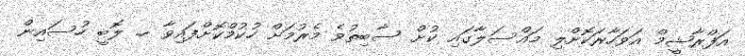
އަފްރާޝީމް އަވަހާރަކޮށްލި މައްސަލާގައި ކުށް ސާބިތުވެ މެރުމަށް ހުކުމްކޮށްފައިވާ ހ. ލޮބީ ހުސައިން